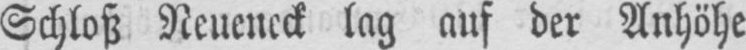
Schloß Neueneck lag auf der Anhöhe